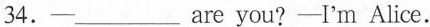
34.——___are you?——I'm Alice.